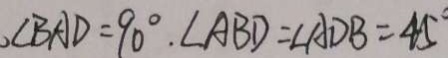
\angle B A D = 9 0 ^ { \circ } \cdot \angle A B D = \angle A D B = 4 5 ^ { \circ }